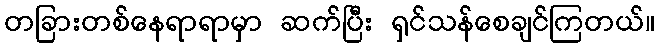
တခြားတစ်နေရာရာမှာ ဆက်ပြီး ရှင်သန်စေချင်ကြတယ်။